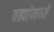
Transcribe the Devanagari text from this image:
वह्यांमध्ये